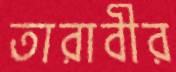
তারাবীর